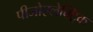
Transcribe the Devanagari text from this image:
पीजोएलेक्ट्रिक